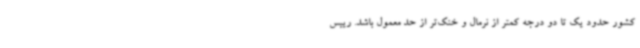
کشور حدود یک تا دو درجه کمتر از نرمال و خنک‌تر از حد معمول باشد. رییس